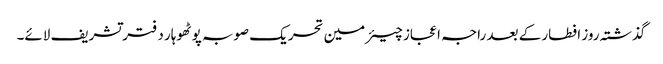
گذشتہ روز افطار کے بعد راجہ اعجاز چیئرمین تحریک صوبہ پوٹھوہار دفتر تشریف لائے۔